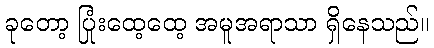
ခုတော့ ပြုံးထေ့ထေ့ အမူအရာသာ ရှိနေသည်။